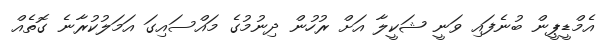
އެމްޑީޕީން ބުނެފައި ވަނީ ޝަކީލާ އަށް ރުހުން ދިނުމުގެ މައްސައިގަ އަމަލުކުރާނެ ގޮތެއް